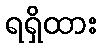
ရရှိထား